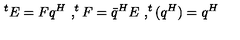
^ t E = F q ^ { H } \ , ^ { t } F = \bar { q } ^ { H } E \ , ^ { t } ( q ^ { H } ) = q ^ { H }